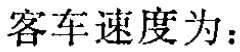
客车速度为：